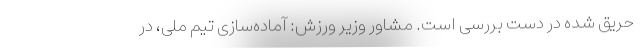
حریق شده در دست بررسی است. مشاور وزیر ورزش: آماده‌سازی تیم ملی، در